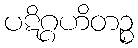
ပဋိဂ္ဂဟိတဉ္စ